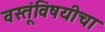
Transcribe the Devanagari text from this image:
वस्तूंविषयीचा